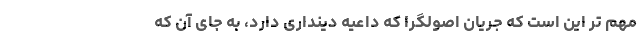
مهم تر این است که جریان اصولگرا که داعیه دینداری دارد، به جای آن که